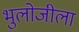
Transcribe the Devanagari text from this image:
भुलोजीला